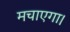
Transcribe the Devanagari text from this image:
मचाएगा।